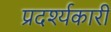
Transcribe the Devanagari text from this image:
प्रदर्श्यकारी